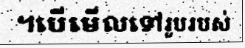
។បើមើលទៅរូបរបស់